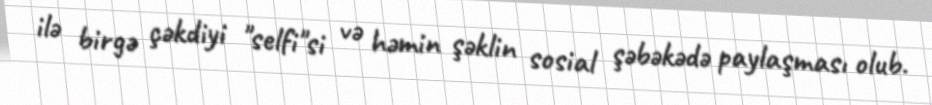
ilə birgə çəkdiyi "selfi"si və həmin şəklin sosial şəbəkədə paylaşması olub.